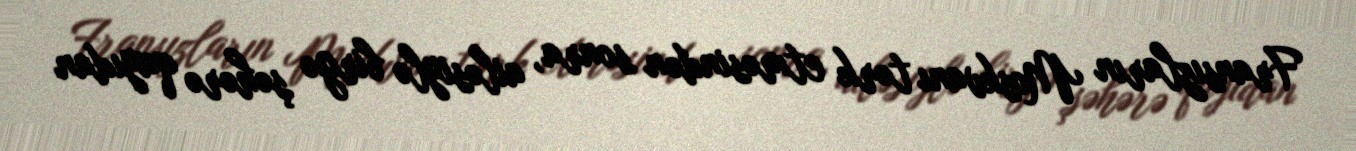
Fransızların Moskvanı tərk etməsindən sonra, ailəsiylə birgə şəhərə qayıdan